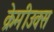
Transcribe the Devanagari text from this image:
क्रेमीउक्स